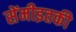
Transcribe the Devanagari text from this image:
सेंमीइतकी